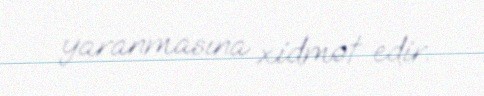
yaranmasına xidmət edir.